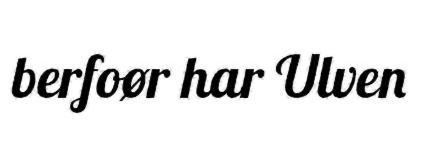
berfoør har Ulven